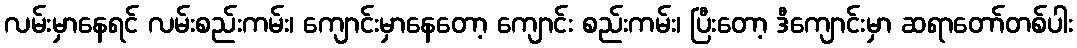
လမ်းမှာနေရင် လမ်းစည်းကမ်း၊ ကျောင်းမှာနေတော့ ကျောင်း စည်းကမ်း၊ ပြီးတော့ ဒီကျောင်းမှာ ဆရာတော်တစ်ပါး